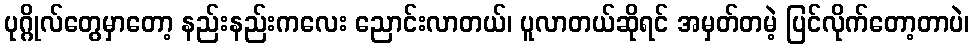
ပုဂ္ဂိုလ်တွေမှာတော့ နည်းနည်းကလေး ညောင်းလာတယ်၊ ပူလာတယ်ဆိုရင် အမှတ်တမဲ့ ပြင်လိုက်တော့တာပဲ၊